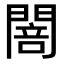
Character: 䦣